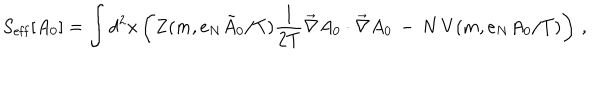
S _ { \mathrm { e f f } } [ A _ { 0 } ] = \int d ^ { 2 } x \left( Z ( m , e _ { N } { \tilde { A } } _ { 0 } / { { T } } ) \frac { 1 } { 2 T } \vec { \nabla } A _ { 0 } \cdot \vec { \nabla } A _ { 0 } \, - \, N \, V ( m , e _ { N } A _ { 0 } / { T } ) \right) \, ,